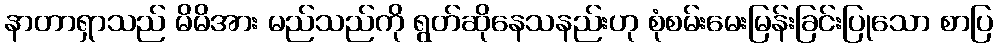
နာတာရှာသည် မိမိအား မည်သည်ကို ရွတ်ဆိုနေသနည်းဟု စုံစမ်းမေးမြန်းခြင်းပြုသော စာပြ